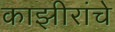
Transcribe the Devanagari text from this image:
काझीरांचे